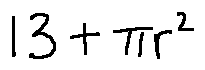
1 3 + \pi r ^ { 2 }